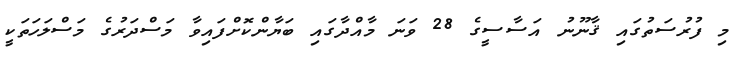
މި ފުރުސަތުގައި ޤާނޫނު އަސާސީގެ 28 ވަނަ މާއްދާގައި ބަޔާންކޮށްފައިވާ މަސްދަރުގެ މަސްލަހަތަކީ